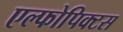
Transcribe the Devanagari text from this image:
एल्फोपिक्टस